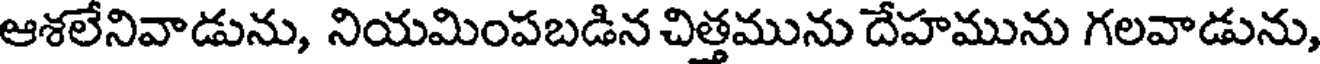
ఆశలేనివాడును, నియమింపబడిన చిత్తమును దేహమును గలవాడును,